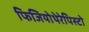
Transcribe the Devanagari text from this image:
फिजियोथेरेपिस्टो